Leaving Certificate Examination, 1919, 1919
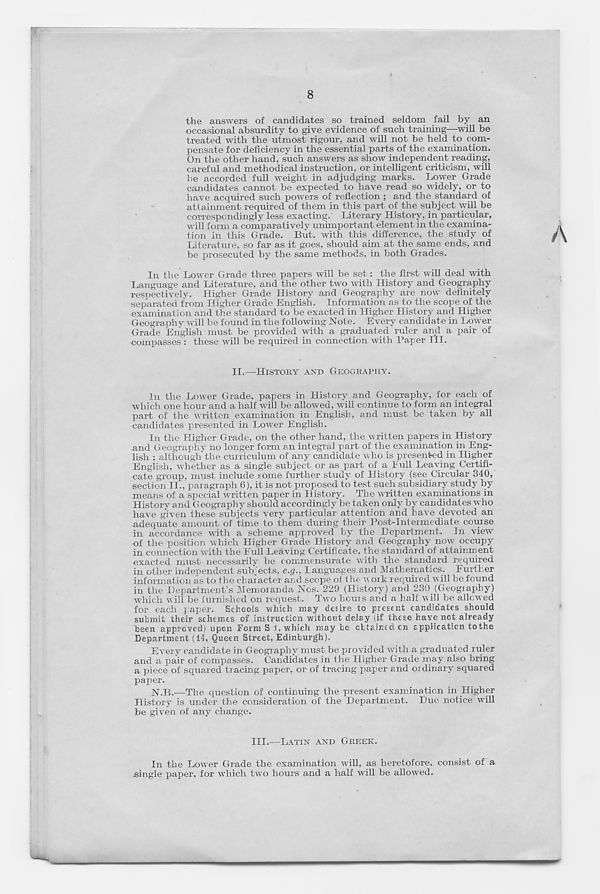
8
X
the answers of candidates so trained seldom fail by an
occasional absurdity to give evidence of such training—will be
treated with the utmost rigour, and will not be held to com-
pensate for deficiency in the essential parts of the examination.
On the other hand, such answers as show independent reading,
careful and methodical instruction, or intelligent criticism, will
he accorded full weight in adjudging marks. Lower Grade
candidates cannot be expected to have read so widely, or to
have acquired such powers of reflection ; and the standard of
attainment required of them in this part of the subject will be
correspondingly less exacting. - Literary History, in particular,
will form a comparatively unimportant element in the examina-
tion in this Grade. But, with this difference, the study of
Literature, so far as it goes, should aim at the same ends, and
be prosecuted by the same methods, in both Grades.
In the Lower Grade three papers will be set: the first will deal with
Language and Literature, and the other two with History and Geography
vespectively. Higher Grade History and Geography are now definitely
separated from Higher Grade English. Information as to the scope of the
examination and the standard to be exacted in Higher History and Higher
Geography will be found in the following Note. Every candidate in Lower
Grade English must be provided with a graduated ruler and a pair of
■compasses : these will be required in connection with Paper III.
II.—HISTORY AND GEOGRAPHY.
In the Lower Grade, papers in History and Geography, for each of
which one hour and a half will be allowed, will continue to form an integral
part of the written examination in English, and must be taken by all
candidates presented in Lower English.
In the Higher Grade, on the other hand, the written papers in History
and Geography no longer form an integral part of the examination in Eng-
lish : although the curriculum of any candidate who is presented in Higher
English, whether as a single subject or as part of a Full Leaving Certifi-
cate group, must include some further study of History (see Circular 340,
section II., paragraph 6), it is not proposed to test such subsidiary study by
means of a special written paper in History. The written examinations in
History and Geography should accordingly be taken only by candidates who
have given these subjects very particular attention and have devoted an
adequate amount of time to them during their Post-Intermediate course
in accordance with a scheme approved by the Department. In view
of the position which Higher Grade History and Geography now occupy
in connection with the Full Leaving Certificate, the standard of attainment
exacted must necessarily he commensurate with the standard required
in other independent subjects, e.g., Languages and Mathematics. Further
information as to the character and scope of the work required will be found
in the Department’s Memoranda Nos. 229 (History) and 230 (Geography)
which will be furnished on request. Two hours and a half will be allowed
for each paper. Schools which may desire to preserit candidates should
submit their schemes of instruction without delay (if these have not already
been approved) upon Form SI, which may be obtained cn application to the
Department (14, Queen Street, Edinburgh).
Every candidate in Geography must be provided with a graduated ruler
and a pair of compasses. Candidates in the Higher Grade may also bring
a piece of sqrrared tracing paper, or of tracing paper and ordinary squared
paper.
N.B.—The question of continuing the present examination in Higher
History is under the consideration of the Department. Due notice wall
be given of any change.
III.—LATIN AND GREEK.
In the Lower Grade the examination will, as heretofore, consist of a
.single paper, for which two hours and a half will be allowed.